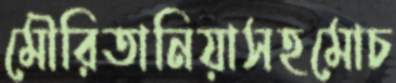
মৌরিতানিয়াসহমোচ